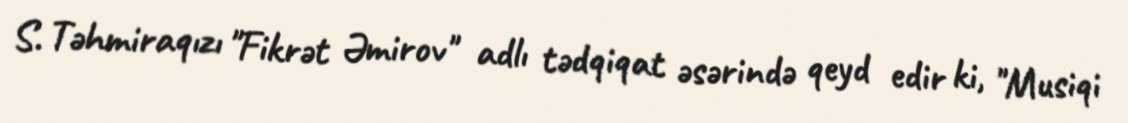
S. Təhmiraqızı "Fikrət Əmirov" adlı tədqiqat əsərində qeyd edir ki, "Musiqi